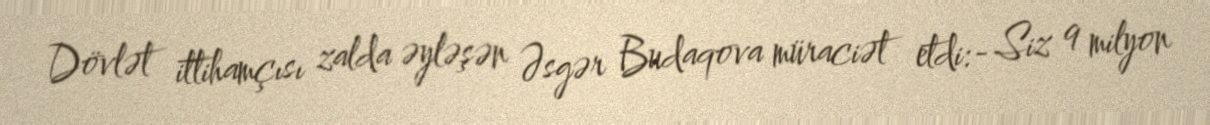
Dövlət ittihamçısı zalda əyləşən Əsgər Budaqova müraciət etdi:- Siz 9 milyon